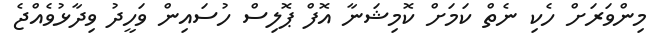
މިންވަރަށް ހެކި ނެތް ކަމަށް ކޮމިޝަނާ އޮފް ޕޮލިސް ހުސައިން ވަހީދު ވިދާޅުވެއްޖެ